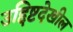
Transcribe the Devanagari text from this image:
उद्दिष्टदेखील